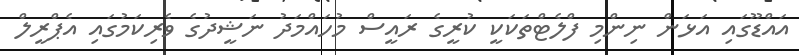
އައްޑޫގައި އަޅަން ނިންމި ފްލެޓްތަކަކީ ކުރީގެ ރައީސް މުހައްމަދު ނަޝީދުގެ ވެރިކަމުގައި އެޕްރީލް